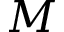
M